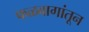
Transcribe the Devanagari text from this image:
फळबागांतून